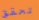
تحقق